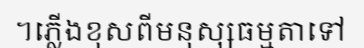
។ភ្លើងខុសពីមនុស្សធម្មតាទៅ